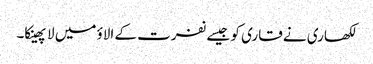
لکھاری نے قاری کو جیسے نفرت کے الاؤ میں لا پھینکا۔